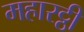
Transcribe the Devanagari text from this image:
महारट्ठी